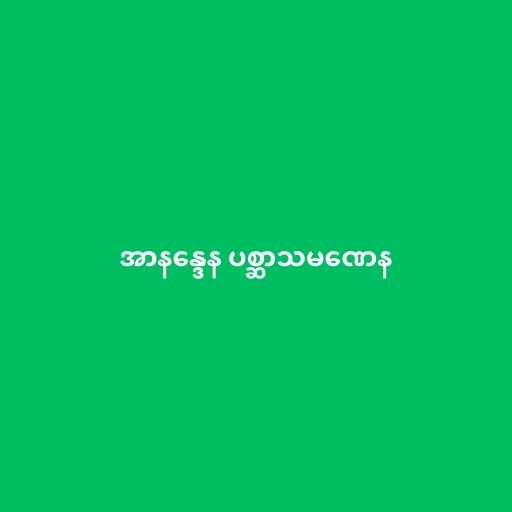
အာနန္ဒေန ပစ္ဆာသမဏေန